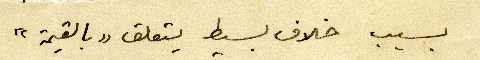
بسبب خلاف بسيط يتعلق "بالقيمة"